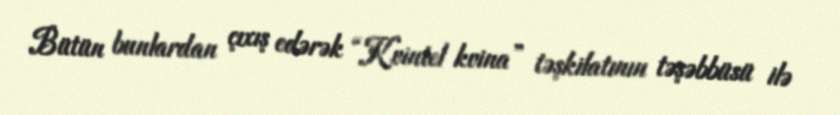
Bütün bunlardan çıxış edərək “Kvintel kvina” təşkilatının təşəbbüsü ilə